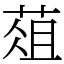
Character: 葅